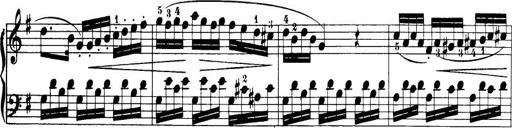
Title: 32 Sonatinas and Rondos for the Piano
Composer: Richard Kleinmichel